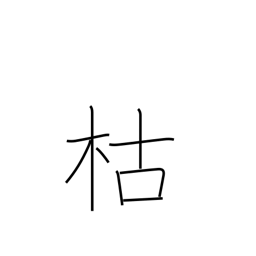
Meaning: die